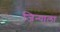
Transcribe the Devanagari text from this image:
जिन्याला